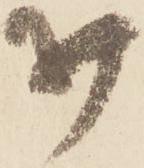
打